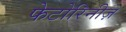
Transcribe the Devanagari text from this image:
फेटोरिनीज़